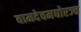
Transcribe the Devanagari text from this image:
वामदेवमघोरञ्च